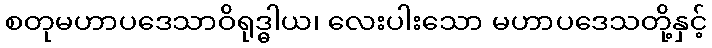
စတုမဟာပဒေသာဝိရုဒ္ဓါယ၊ လေးပါးသော မဟာပဒေသတို့နှင့်